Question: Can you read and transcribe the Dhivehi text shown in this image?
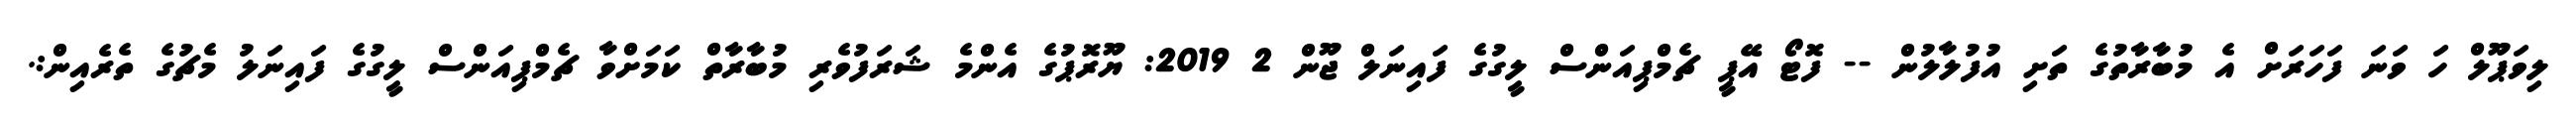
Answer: ލިވަޕޫލް ހަ ވަނަ ފަހަރަށް އެ މުބާރާތުގެ ތަށި އުފުލާލުން -- ފޮޓޯ އޭޕީ ޗެމްޕިއަންސް ލީގުގެ ފައިނަލް ޖޫން 2 2019: ޔޫރޮޕުގެ އެންމެ ޝަރަފުވެރި މުބާރާތް ކަމަށްވާ ޗެމްޕިއަންސް ލީގުގެ ފައިނަލު މެޗުގެ ތެރެއިން:.